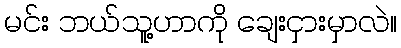
မင်း ဘယ်သူ့ဟာကို ချေးငှားမှာလဲ။